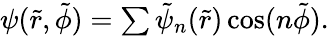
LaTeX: \begin{array}{r}{\psi(\tilde{r},\tilde{\phi})=\sum\tilde{\psi}_{n}(\tilde{r})\cos(n\tilde{\phi}).}\end{array}